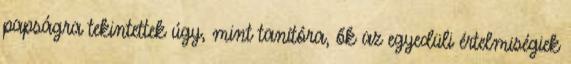
papságra tekintettek úgy, mint tanítóra, ők az egyedüli értelmiségiek